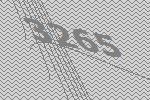
3265